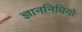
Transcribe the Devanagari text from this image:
ज्ञाननिधियों